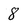
Character: 8